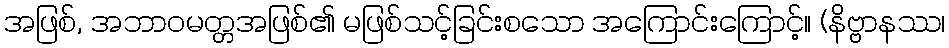
အဖြစ်, အဘာဝမတ္တအဖြစ်၏ မဖြစ်သင့်ခြင်းစသော အကြောင်းကြောင့်။ (နိဗ္ဗာနဿ၊